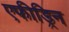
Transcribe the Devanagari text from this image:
एफीड्रिन